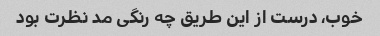
خوب، درست از این طریق چه رنگی مد نظرت بود